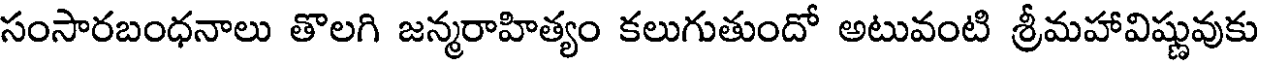
సంసారబంధనాలు తొలగి జన్మరాహిత్యం కలుగుతుందో అటువంటి శ్రీమహావిష్ణువుకు